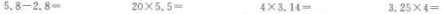
$$5 . 8 - 2 . 8 =$$ $$2 0 \ times 5 . 5 =$$ $$4 \times 3 . 1 4 =$$ $$3 . 2 5 \times 4 =$$